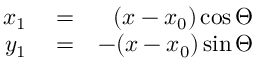
\begin{array} { r l r } { x _ { 1 } } & { { } = } & { ( x - x _ { 0 } ) \cos \Theta } \\ { y _ { 1 } } & { { } = } & { - ( x - x _ { 0 } ) \sin \Theta } \end{array}